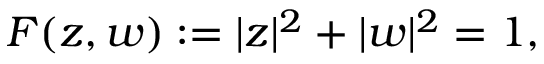
F ( z , w ) : = | z | ^ { 2 } + | w | ^ { 2 } = 1 ,